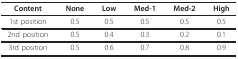
<table><thead><tr><td><b>Content</b></td><td><b>None</b></td><td><b>Low</b></td><td><b>Med-1</b></td><td><b>Med-2</b></td><td><b>High</b></td></tr></thead><tbody><tr><td>1st position</td><td>0.5</td><td>0.5</td><td>0.5</td><td>0.5</td><td>0.5</td></tr><tr><td>2nd position</td><td>0.5</td><td>0.4</td><td>0.3</td><td>0.2</td><td>0.1</td></tr><tr><td>3rd position</td><td>0.5</td><td>0.6</td><td>0.7</td><td>0.8</td><td>0.9</td></tr></tbody></table>